Investigations on Bengal jail dietaries - Number 37
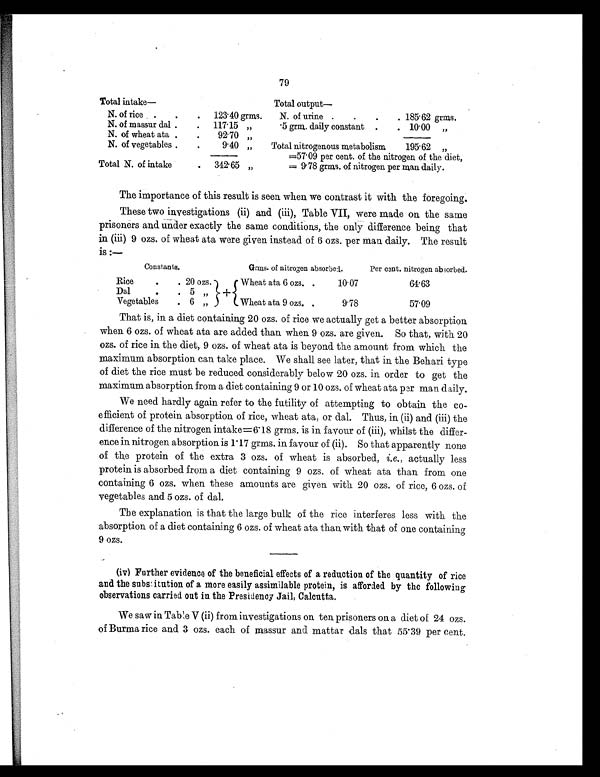
79
Total intake—
Total output—
N. of rice .
.
. 123.40 grms. N. of urine .
.
.
. 185.62 grms.
N. of massur dal .
. 117.15 „
.5 grm. daily constant .
. 10.00 „
N. of wheat ata .
.
92.70 „
N. of vegetables .
.
9.40 „
Total nitrogenous metabolism
195.62 „
=57.09 per cent. of the nitrogen of the diet,
Total N. of intake
. 342.65 „
= 9.78 grms. of nitrogen per man daily.
The importance of this result is seen when we contrast it with the foregoing.
These two investigations (ii) and (iii), Table VII, were made on the same
prisoners and under exactly the same conditions, the only difference being that
in (iii) 9 ozs. of wheat ata were given instead of 6 ozs. per man daily. The result
is :—
Constants.
Grms. of nitrogen absorbed.
Per cent. nitrogen absorbed.
Rice
.
. 20 ozs.
Wheat ata 6 ozs. .
10.07
64.63
Dal
.
. 5 „
+
Vegetables
. 6 „
Wheat ata 9 ozs. .
9.78
57.09
That is, in a diet containing 20 ozs. of rice we actually get a better absorption
when 6 ozs. of wheat ata are added than when 9 ozs. are given. So that, with 20
ozs. of rice in the diet, 9 ozs. of wheat ata is beyond the amount from which the
maximum absorption can take place. We shall see later, that in the Behari type
of diet the rice must be reduced considerably below 20 ozs. in order to get the
maximum absorption from a diet containing 9 or 10 ozs. of wheat ata per man daily.
We need hardly again refer to the futility of attempting to obtain the co-
efficient of protein absorption of rice, wheat ata, or dal. Thus, in (ii) and (iii) the
difference of the nitrogen intake=6.18 grms. is in favour of (iii), whilst the differ-
ence in nitrogen absorption is 1 17 grms. in favour of (ii). So that apparently none
of the protein of the extra 3 ozs. of wheat is absorbed, i.e., actually less
protein is absorbed from a diet containing 9 ozs. of wheat ata than from one
containing 6 ozs. when these amounts are given with 20 ozs. of rice, 6 ozs. of
vegetables and 5 ozs. of dal.
The explanation is that the large bulk of the rice interferes less with the
absorption of a diet containing 6 ozs. of wheat ata than with that of one containing
9 ozs.
(iv) Further evidence of the beneficial effects of a reduction of the quantity of rice
and the substitution of a more easily assimilable protein, is afforded by the following
observations carried out in the Presidency Jail, Calcutta.
We saw in Table V (ii) from investigations on ten prisoners on a diet of 24 ozs.
of Burma rice and 3 ozs. each of massur and mattar dals that 55.39 per cent.